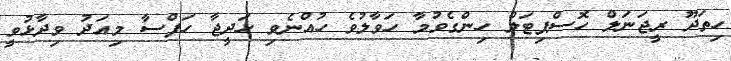
ހިތަދޫ ރީޖަނަލް ހޮސްޕިޓަލް ހިންގެވުމާ ހަވާލުވެ ހުއްނެވި ހަދީޖާ ހަފްސާ މިއަދު ވިދާޅުވީ